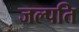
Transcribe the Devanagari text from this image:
जल्पति